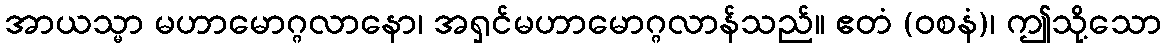
အာယသ္မာ မဟာမောဂ္ဂလာနော၊ အရှင်မဟာမောဂ္ဂလာန်သည်။ ဧတံ (ဝစနံ)၊ ဤသို့သော